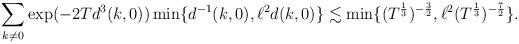
LaTeX: \begin{align*}\sum_{k\not=0}\exp(-2Td^3(k,0))&\min\{d^{-1}(k,0),\ell^2d(k,0)\}\lesssim\min\{(T^\frac{1}{3})^{-\frac{3}{2}},\ell^2(T^\frac{1}{3})^{-\frac{7}{2}}\}.\end{align*}